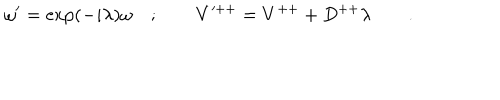
LaTeX: \omega ^ { \prime } = \exp ( - i \lambda ) \omega \quad ; \qquad V ^ { + + } = V ^ { + + } + D ^ { + + } \lambda \qquad .